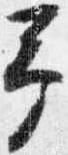
予